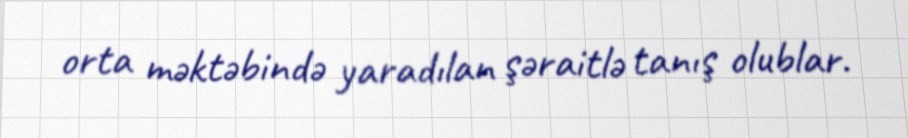
orta məktəbində yaradılan şəraitlə tanış olublar.